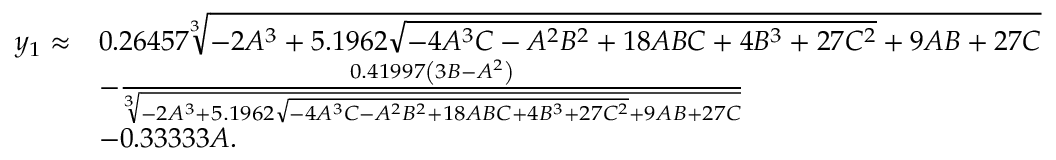
\begin{array} { r l } { y _ { 1 } \approx } & { 0 . 2 6 4 5 7 \sqrt [ 3 ] { - 2 A ^ { 3 } + 5 . 1 9 6 2 \sqrt { - 4 A ^ { 3 } C - A ^ { 2 } B ^ { 2 } + 1 8 A B C + 4 B ^ { 3 } + 2 7 C ^ { 2 } } + 9 A B + 2 7 C } } \\ & { - \frac { 0 . 4 1 9 9 7 \left( 3 B - A ^ { 2 } \right) } { \sqrt [ 3 ] { - 2 A ^ { 3 } + 5 . 1 9 6 2 \sqrt { - 4 A ^ { 3 } C - A ^ { 2 } B ^ { 2 } + 1 8 A B C + 4 B ^ { 3 } + 2 7 C ^ { 2 } } + 9 A B + 2 7 C } } } \\ & { - 0 . 3 3 3 3 3 A . } \end{array}